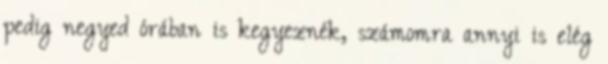
pedig negyed órában is kegyeznék, számomra annyi is elég